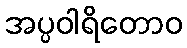
အပ္ပဝါရိတောဝ